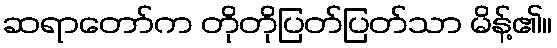
ဆရာတော်က တိုတိုပြတ်ပြတ်သာ မိန့်၏။